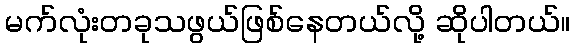
မက်လုံးတခုသဖွယ်ဖြစ်နေတယ်လို့ ဆိုပါတယ်။